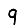
Digit: 9